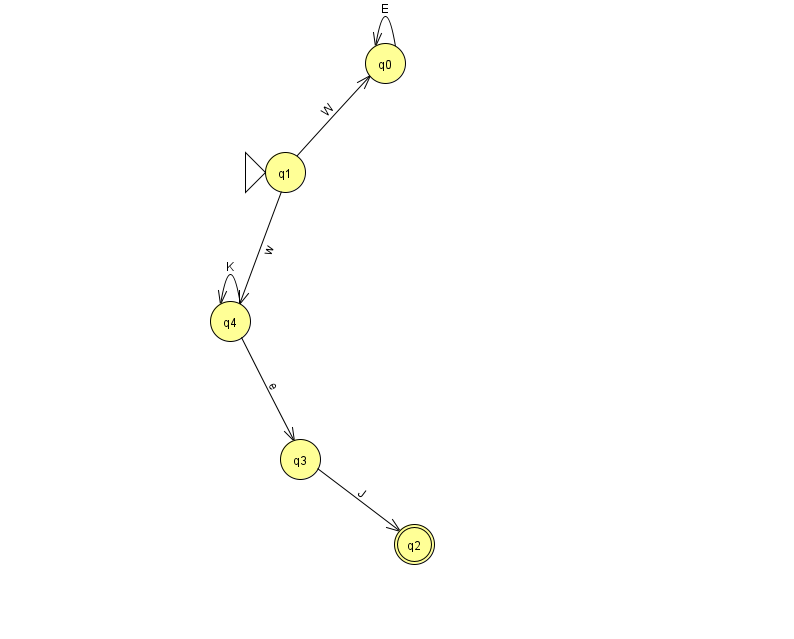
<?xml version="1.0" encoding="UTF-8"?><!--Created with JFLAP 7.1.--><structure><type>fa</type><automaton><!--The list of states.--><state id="0" name="q0"><x>385.0</x><y>50.0</y></state><state id="1" name="q1"><x>285.0</x><y>159.0</y><initial/></state><state id="2" name="q2"><x>414.0</x><y>531.0</y><final/></state><state id="3" name="q3"><x>300.0</x><y>446.0</y></state><state id="4" name="q4"><x>230.0</x><y>308.0</y></state><!--The list of transitions.--><transition><from>4</from><to>3</to><read>e</read></transition><transition><from>3</from><to>2</to><read>J</read></transition><transition><from>0</from><to>0</to><read>E</read></transition><transition><from>1</from><to>4</to><read>w</read></transition><transition><from>1</from><to>0</to><read>W</read></transition><transition><from>4</from><to>4</to><read>K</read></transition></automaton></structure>